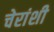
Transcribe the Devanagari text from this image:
चेरांशी